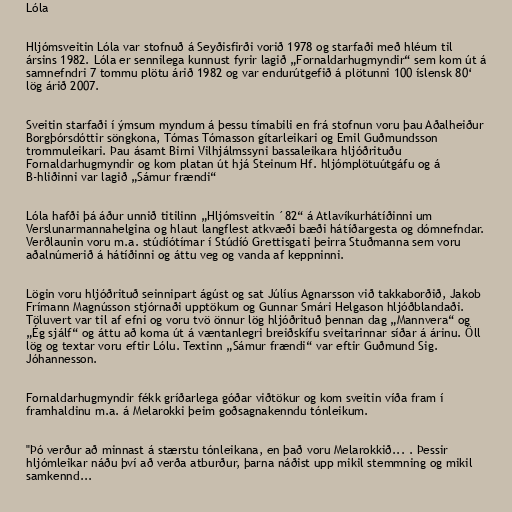
Lóla

Hljómsveitin Lóla var stofnuð á Seyðisfirði vorið 1978 og starfaði með hléum til
ársins 1982. Lóla er sennilega kunnust fyrir lagið „Fornaldarhugmyndir“ sem kom út á
samnefndri 7 tommu plötu árið 1982 og var endurútgefið á plötunni 100 íslensk 80‘
lög árið 2007.

Sveitin starfaði í ýmsum myndum á þessu tímabili en frá stofnun voru þau Aðalheiður
Borgþórsdóttir söngkona, Tómas Tómasson gítarleikari og Emil Guðmundsson
trommuleikari. Þau ásamt Birni Vilhjálmssyni bassaleikara hljóðrituðu
Fornaldarhugmyndir og kom platan út hjá Steinum Hf. hljómplötuútgáfu og á
B-hliðinni var lagið „Sámur frændi“

Lóla hafði þá áður unnið titilinn „Hljómsveitin ´82“ á Atlavíkurhátíðinni um
Verslunarmannahelgina og hlaut langflest atkvæði bæði hátíðargesta og dómnefndar.
Verðlaunin voru m.a. stúdíótímar í Stúdíó Grettisgati þeirra Stuðmanna sem voru
aðalnúmerið á hátíðinni og áttu veg og vanda af keppninni.

Lögin voru hljóðrituð seinnipart ágúst og sat Júlíus Agnarsson við takkaborðið, Jakob
Frímann Magnússon stjórnaði upptökum og Gunnar Smári Helgason hljóðblandaði.
Töluvert var til af efni og voru tvö önnur lög hljóðrituð þennan dag „Mannvera“ og
„Ég sjálf“ og áttu að koma út á væntanlegri breiðskífu sveitarinnar síðar á árinu. Öll
lög og textar voru eftir Lólu. Textinn „Sámur frændi“ var eftir Guðmund Sig.
Jóhannesson.

Fornaldarhugmyndir fékk gríðarlega góðar viðtökur og kom sveitin víða fram í
framhaldinu m.a. á Melarokki þeim goðsagnakenndu tónleikum.

"Þó verður að minnast á stærstu tónleikana, en það voru Melarokkið... . Þessir
hljómleikar náðu því að verða atburður, þarna náðist upp mikil stemmning og mikil
samkennd...